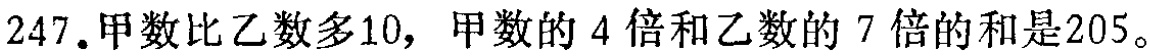
247.甲数比乙数多10，甲数的 4 倍和乙数的 7 倍的和是205。